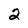
Character: 2